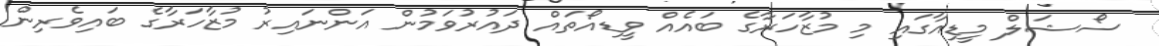
ސޯޝަލް މީޑިއާގައި މި މުޒާހަރާގެ ބައެއް ވީޑިއޯތައް ދައުރުވަމުން އަންނައިރު މުޒާހަރާގެ ބައިވެރިން